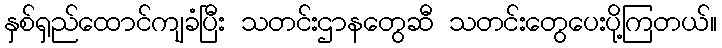
နှစ်ရှည်ထောင်ကျခံပြီး သတင်းဌာနတွေဆီ သတင်းတွေပေးပို့ကြတယ်။